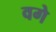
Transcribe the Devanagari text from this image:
वगे